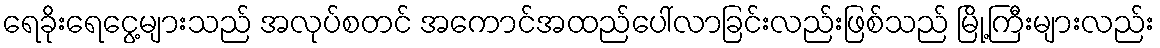
ရေခိုးရေငွေ့များသည် အလုပ်စတင် အကောင်အထည်ပေါ်လာခြင်းလည်းဖြစ်သည် မြို့ကြီးများလည်း